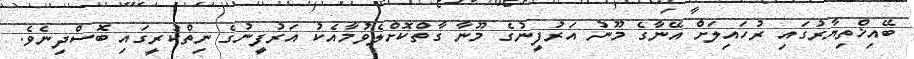
ބޭއިޚްތިޔާރުގައި ރުހައިލަށް އޭނާގެ މޫނު އަރުފީނުގެ މޫނާ ގާތްކޮށްލެވުމާއެކު އަރުފީނުގެ ނިތްކުރީގައި ބޮސްދިނެވެ.